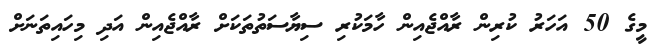
މީގެ 50 އަހަރު ކުރިން ރާއްޖެއިން ހާމަކުރި ސިޔާސަތުތަކަށް ރާއްޖެއިން އަދި މިހައިތަނަށް